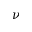
\nu